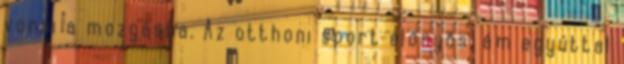
vonni a mozgásba. Az otthoni sport előnyös, ám egyúttal